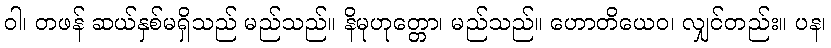
ဝါ၊ တဖန် ဆယ်နှစ်မရှိသည် မည်သည်။ နိမုဟုတ္တော၊ မည်သည်။ ဟောတိယေဝ၊ လျှင်တည်း။ ပန၊